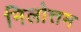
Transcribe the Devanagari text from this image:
निलोत्तम